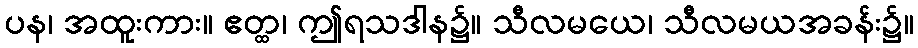
ပန၊ အထူးကား။ ဧတ္ထ၊ ဤရသဒါန၌။ သီလမယေ၊ သီလမယအခန်း၌။